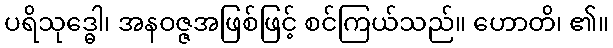
ပရိသုဒ္ဓေါ၊ အနဝဇ္ဇအဖြစ်ဖြင့် စင်ကြယ်သည်။ ဟောတိ၊ ၏။